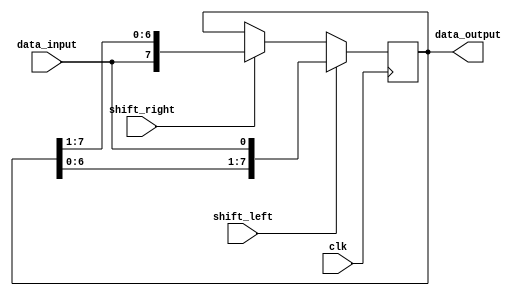
module shift_register (
  input wire data_input,
  input wire clk,
  input wire shift_left,
  input wire shift_right,
  output reg [7:0] data_output
);

reg [7:0] shift_reg;

always @(posedge clk) begin
  if (shift_left) begin
    shift_reg <= {shift_reg[6:0], data_input};
  end else if (shift_right) begin
    shift_reg <= {data_input, shift_reg[7:1]};
  end else begin
    shift_reg <= shift_reg;
  end
end

assign data_output = shift_reg;

endmodule